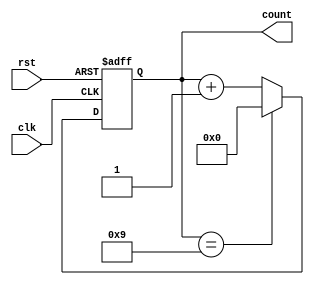
module bcd_counter(
    input wire clk,
    input wire rst,
    output reg [3:0] count
);

always @(posedge clk or posedge rst) begin
    if (rst) begin
        count <= 4'b0000;
    end else begin
        if (count == 4'b1001) begin
            count <= 4'b0000;
        end else begin
            count <= count + 1;
        end
    end
end

endmodule